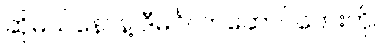
ဆိုမယ်နော်နဲ့ ဒီမင်္ဂလာဆောင်တေးကို။